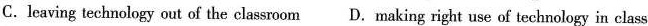
C.leaving technology out of the classroom D.Making right use of technology in class